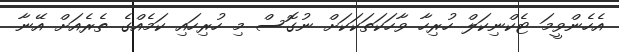
އެހެންވީމަ ޓެކްނިކަލް ހުރިހާ ވާހަކަތަކަކަށް ނުގޮސް މި ހުރިހައި ކަމެއްގެ ތެރެއަށް އޭނާ